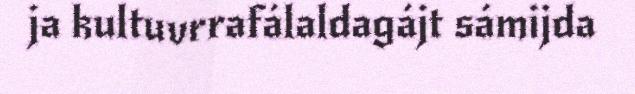
ja kultuvrrafálaldagájt sámijda